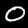
Digit: 0